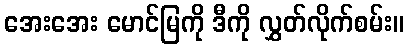
အေးအေး မောင်မြကို ဒီကို လွှတ်လိုက်စမ်း။